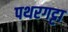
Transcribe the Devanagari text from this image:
पथरगट्टा